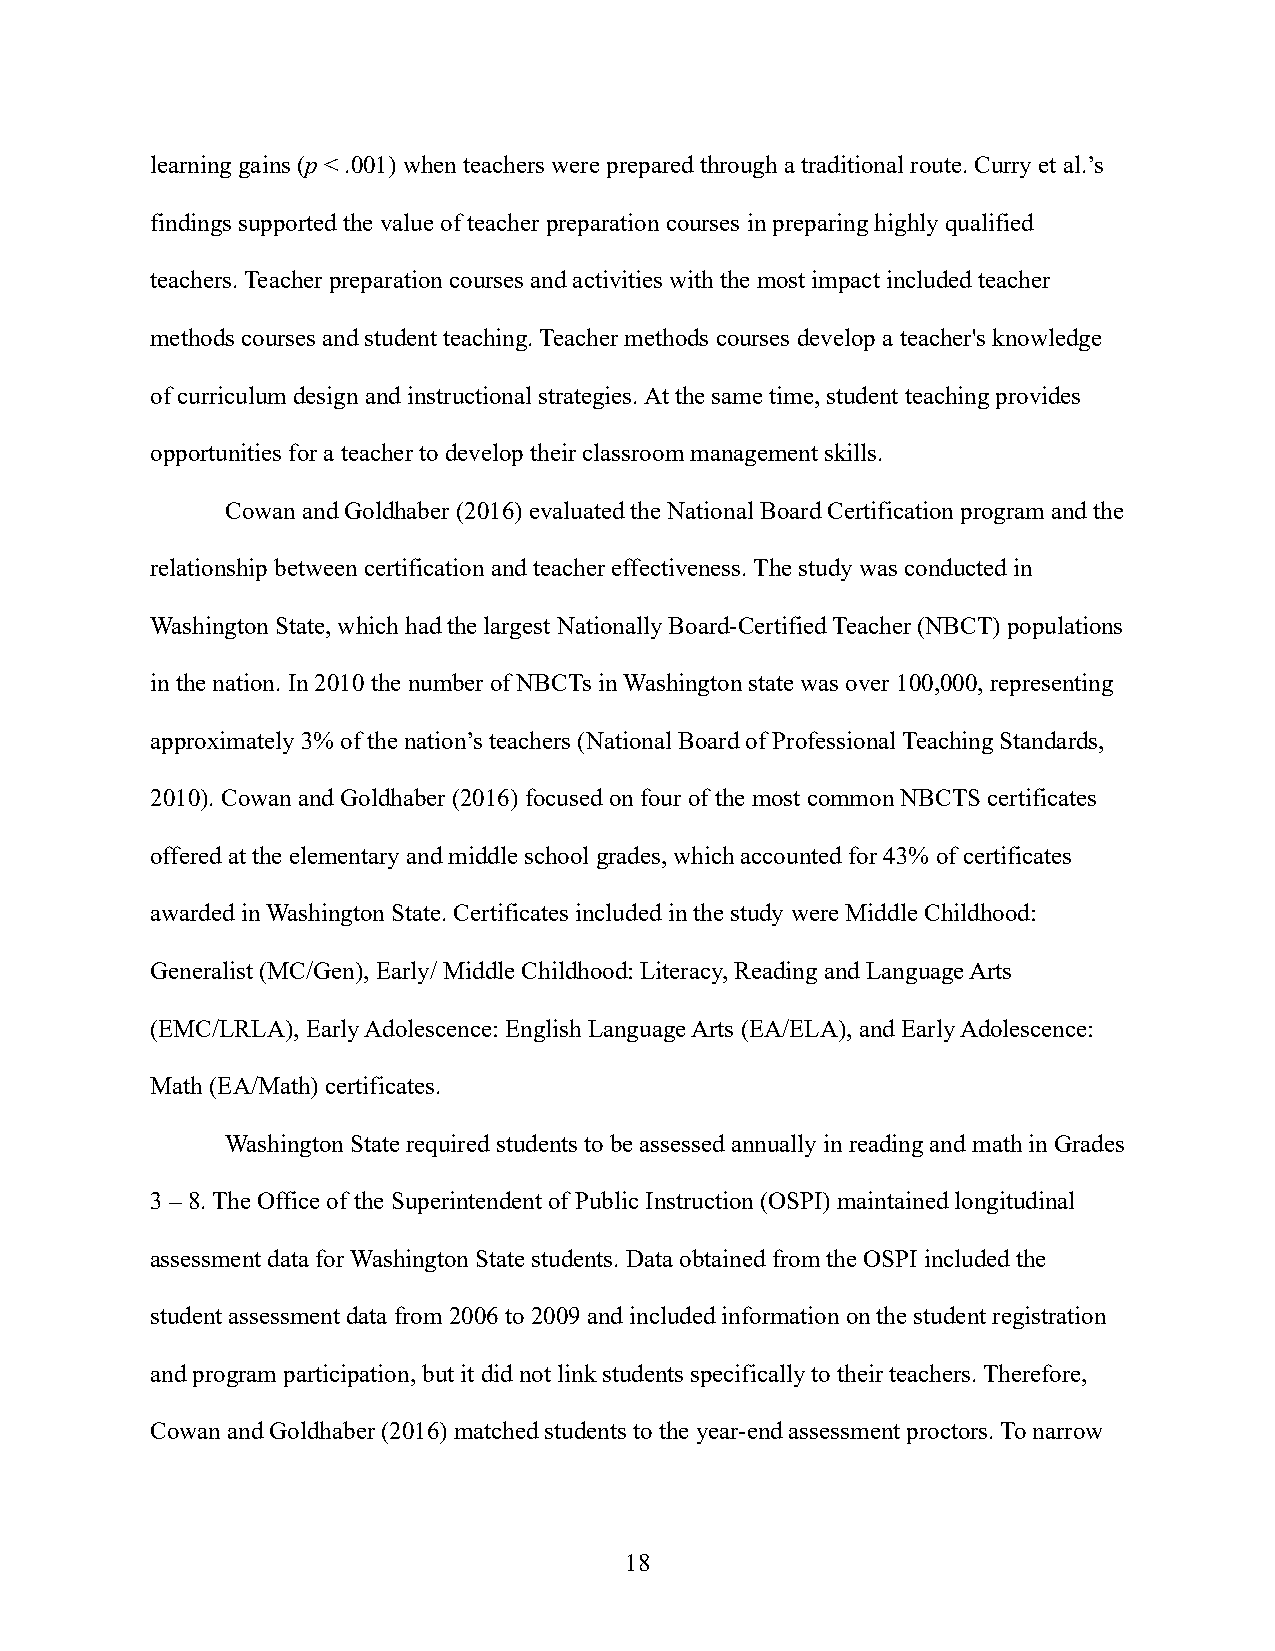
learning gains (p < .001) when teachers were prepared through a traditional route. Curry et al.’s
 findings supported the value of teacher preparation courses in preparing highly qualified
 teachers. Teacher preparation courses and activities with the most impact included teacher
 methods courses and student teaching. Teacher methods courses develop a teacher's knowledge
 of curriculum design and instructional strategies. At the same time, student teaching provides
 opportunities for a teacher to develop their classroom management skills.
 Cowan and Goldhaber (2016) evaluated the National Board Certification program and the
 relationship between certification and teacher effectiveness. The study was conducted in
 Washington State, which had the largest Nationally Board-Certified Teacher (NBCT) populations
 in the nation. In 2010 the number of NBCTs in Washington state was over 100,000, representing
 approximately 3% of the nation’s teachers (National Board of Professional Teaching Standards,
 2010). Cowan and Goldhaber (2016) focused on four of the most common NBCTS certificates
 offered at the elementary and middle school grades, which accounted for 43% of certificates
 awarded in Washington State. Certificates included in the study were Middle Childhood:
 Generalist (MC/Gen), Early/ Middle Childhood: Literacy, Reading and Language Arts
 (EMC/LRLA), Early Adolescence: English Language Arts (EA/ELA), and Early Adolescence:
 Math (EA/Math) certificates.
 Washington State required students to be assessed annually in reading and math in Grades
 3 – 8. The Office of the Superintendent of Public Instruction (OSPI) maintained longitudinal
 assessment data for Washington State students. Data obtained from the OSPI included the
 student assessment data from 2006 to 2009 and included information on the student registration
 and program participation, but it did not link students specifically to their teachers. Therefore,
 Cowan and Goldhaber (2016) matched students to the year-end assessment proctors. To narrow
 18